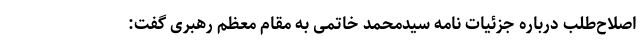
اصلاح‌طلب درباره جزئیات نامه سیدمحمد خاتمی به مقام معظم رهبری گفت: